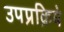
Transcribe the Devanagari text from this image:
उपप्रक्रिये